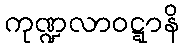
ကုဏ္ဍလာဝဋ္ဋာနိ